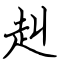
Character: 赳